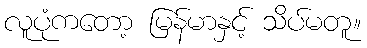
လူပုံကတော့ မြန်မာနှင့် သိပ်မတူ။